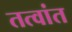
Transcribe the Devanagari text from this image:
तत्वांत